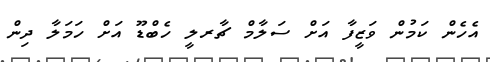
އެހެން ކަމުން ވަޒީފާ އަށް ސަލާމް ޗާރލީ ހެބްޑޫ އަށް ހަމަލާ ދިން